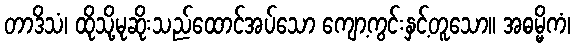
တာဒိသံ၊ ထိုသို့မုဆိုးသည်ထောင်အပ်သော ကျော့ကွင်းနှင့်တူသော။ အဓမ္မိကံ၊